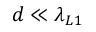
d \ll \lambda _ { L 1 }